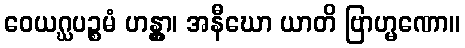
ဝေယဂ္ဃပဉ္စမံ ဟန္တွာ၊ အနီဃော ယာတိ ဗြာဟ္မဏော။